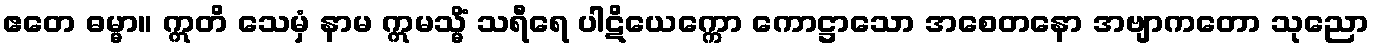
ဧတေ ဓမ္မာ။ ဣတိ သေမှံ နာမ ဣမသ္မိံ သရီရေ ပါဋိယေက္ကော ကောဋ္ဌာသော အစေတနော အဗျာကတော သုညော